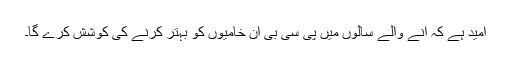
امید ہے کہ آنے والے سالوں میں پی سی بی ان خامیوں کو بہتر کرنے کی کوشش کرے گا۔